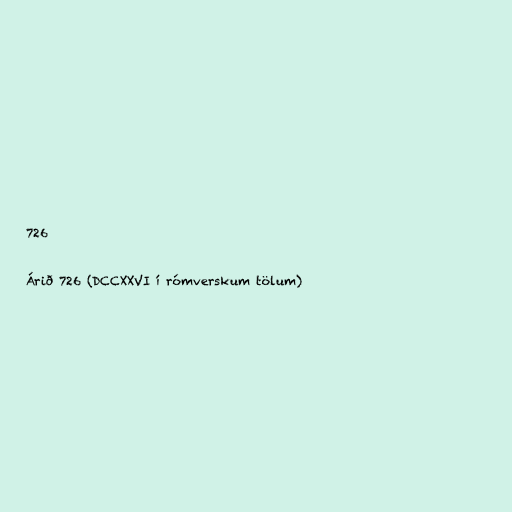
726

Árið 726 (DCCXXVI í rómverskum tölum)